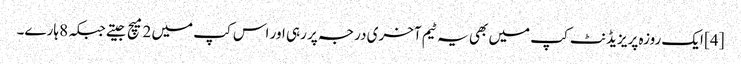
[4] ایک روزہ پریزیڈنٹ کپ میں بھی یہ ٹیم آخری درجہ پر رہی اور اس کپ میں 2 میچ جیتے جبکہ 8 ہارے۔